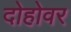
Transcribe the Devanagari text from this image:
दोहोवर